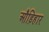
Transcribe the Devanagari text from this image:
औंड़िहार